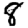
Digit: 8